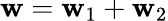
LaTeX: \mathbf{w}=\mathbf{w}_{1}+\mathbf{w}_{2}